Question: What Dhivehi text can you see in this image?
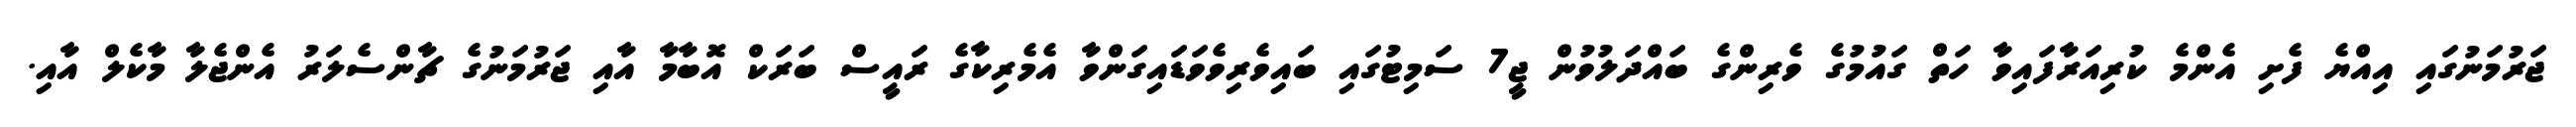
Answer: ޖަރުމަނުގައި އިއްޔެ ފެށި އެންމެ ކުރިއަރާފައިވާ ހަތް ގައުމުގެ ވެރިންގެ ބައްދަލުވުން ޖީ7 ސަމިޓުގައި ބައިވެރިވެވަޑައިގަންވާ އެމެރިކާގެ ރައީސް ބަރަކް އޮބާމާ އާއި ޖަރުމަނުގެ ޗާންސެލަރު އެންޖެލާ މާކެލް އާއި.